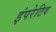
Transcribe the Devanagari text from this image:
इंपरेटिव